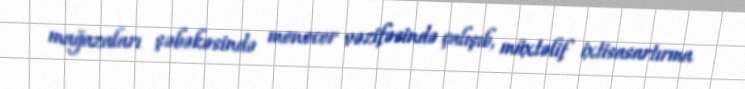
mağazaları şəbəkəsində menecer vəzifəsində çalışıb, müxtəlif ixtisasartırma